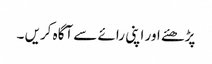
پڑھئے اور اپنی رائے سے آگاہ کریں ۔